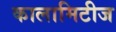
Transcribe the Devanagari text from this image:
कालामिटीज